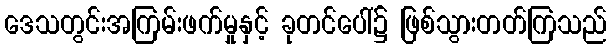
ဒေသတွင်းအကြမ်းဖက်မှုနှင့် ခုတင်ပေါ်၌ ဖြစ်သွားတတ်ကြသည်